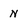
Character: N